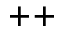
^ { + + }